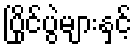
ပြိုင်ပွဲများနှင့်